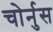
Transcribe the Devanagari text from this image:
चोर्नुस